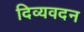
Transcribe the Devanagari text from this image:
दिव्यवदन